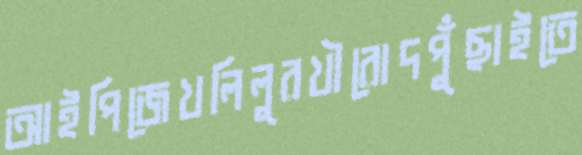
আইপিজেখলিলুরখীরোদপুঁছাইতে